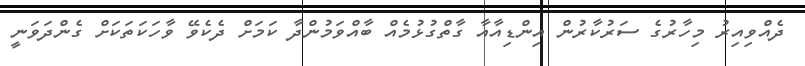
ދެއްވިއިރު މިހާރުގެ ސަރުކާރުން އިންޑިއާއާ ގާތްގުޅުމެއް ބާއްވަމުންދާ ކަމަށް ދެކެވޭ ވާހަކަތަކަށް ގެންދަވަނީ